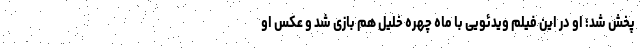
پخش شد؛ او در این فیلم ویدئویی با ماه چهره خلیل هم بازی شد و عکس او